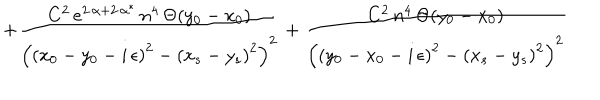
LaTeX: + \frac { C ^ { 2 } \, e ^ { 2 \, \alpha + 2 \, \alpha ^ { * } } \, n ^ { 4 } \, \Theta ( y _ { 0 } - x _ { 0 } ) } { \left( \left( x _ { 0 } - y _ { 0 } - i \, \epsilon \right) ^ { 2 } - \left( x _ { s } - y _ { s } \right) ^ { 2 } \right) ^ { 2 } } + \frac { C ^ { 2 } \, n ^ { 4 } \, \Theta ( y _ { 0 } - x _ { 0 } ) } { \left( \left( y _ { 0 } - x _ { 0 } - i \, \epsilon \right) ^ { 2 } - \left( x _ { s } - y _ { s } \right) ^ { 2 } \right) ^ { 2 } }